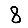
Digit: 8